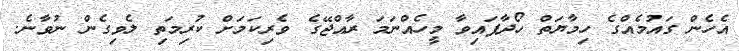
އެހެން ގައުމެއްގެ ހިމާޔަތް ހޯދާފައިވާ މީހެއްނަމަ ރާއްޖޭގެ ވެރިކަމަށް ކުރިމަތި ލެވިގެން ނުވާނެ.